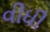
વીધી